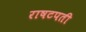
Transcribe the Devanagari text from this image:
राषटपती